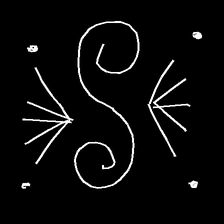
Glyph: aeroform